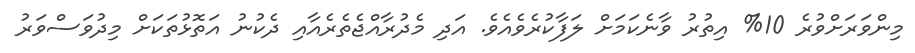
މިންވަރަށްވުރެ 10% އިތުރު ވާނެކަމަށް ލަފާކުރެވެއެވެ. އަދި މެދުރާއްޖެތެރެއާއި ދެކުނު އަތޮޅުތަކަށް މިދުވަސްވަރު